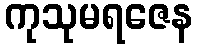
ကုသုမရဇေန